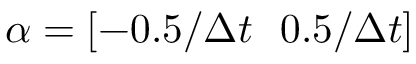
\alpha = [ - 0 . 5 / \Delta t \ \ 0 . 5 / \Delta t ]